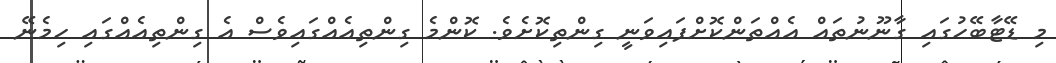
މި ޑޭޓާބޭހުގައި ގާނޫނުތައް އެއްތަންކޮށްފައިވަނީ ގިންތިކޮށެވެ. ކޮންމެ ގިންތިއެއްގައިވެސް އެ ގިންތިއެއްގައި ހިމެނޭ